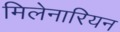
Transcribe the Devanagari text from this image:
मिलेनारियन